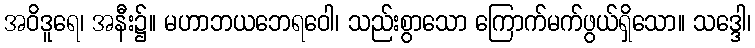
အဝိဒူရေ၊ အနီး၌။ မဟာဘယဘေရဝေါ၊ သည်းစွာသော ကြောက်မက်ဖွယ်ရှိသော။ သဒ္ဒေါ၊